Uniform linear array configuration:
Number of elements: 8
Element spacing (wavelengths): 1
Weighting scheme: hamming
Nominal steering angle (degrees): -15
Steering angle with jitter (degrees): -14.015
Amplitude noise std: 0.05
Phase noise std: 0.05

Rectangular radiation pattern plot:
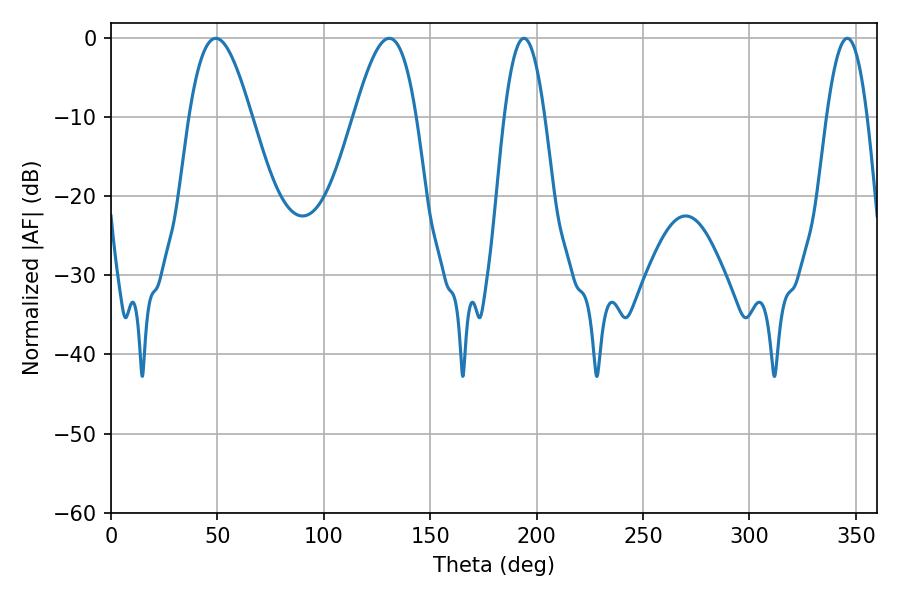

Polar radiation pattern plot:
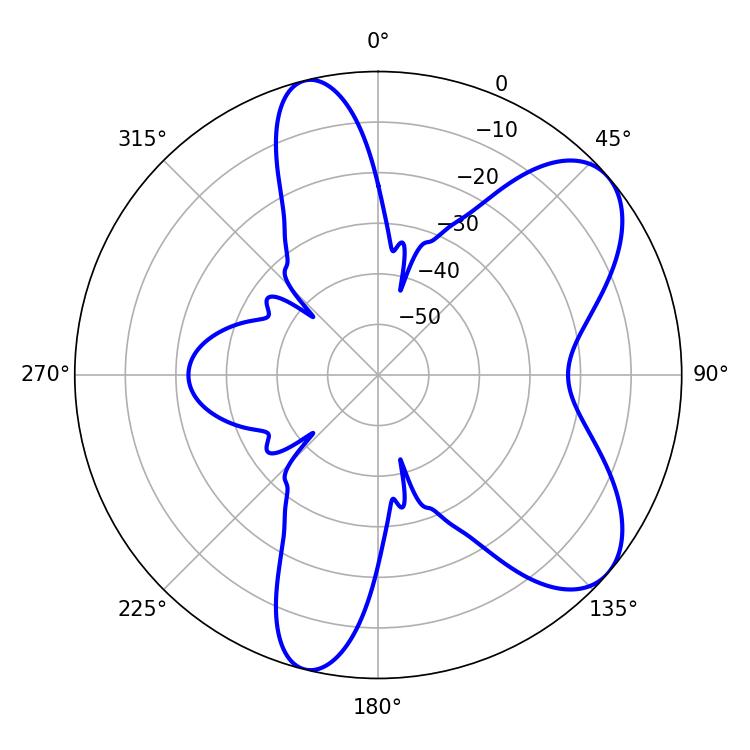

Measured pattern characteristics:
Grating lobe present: TRUE
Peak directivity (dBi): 7.345
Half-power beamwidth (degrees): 10.44
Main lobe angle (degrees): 194.04